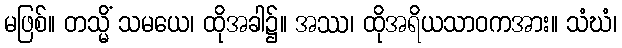
မဖြစ်။ တသ္မိံ သမယေ၊ ထိုအခါ၌။ အဿ၊ ထိုအရိယသာဝကအား။ သံဃံ၊